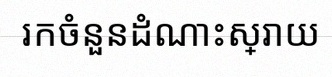
រកចំនួនដំណោះស្រាយ